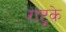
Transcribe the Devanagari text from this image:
राष्ट्रके